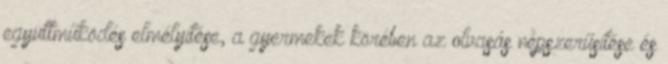
együttműködés elmélyítése, a gyermekek körében az olvasás népszerűsítése és